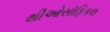
થીઓસૉફિકલ